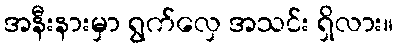
အနီးနားမှာ ရွက်လှေ အသင်း ရှိလား။